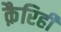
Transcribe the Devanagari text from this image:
क़ैरिही